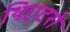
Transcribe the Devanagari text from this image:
थिएटरो